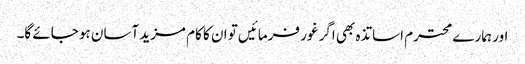
اور ہمارے محترم اساتذہ بھی اگر غور فرمائیں تو ان کا کام مزید آسان ہو جائے گا۔